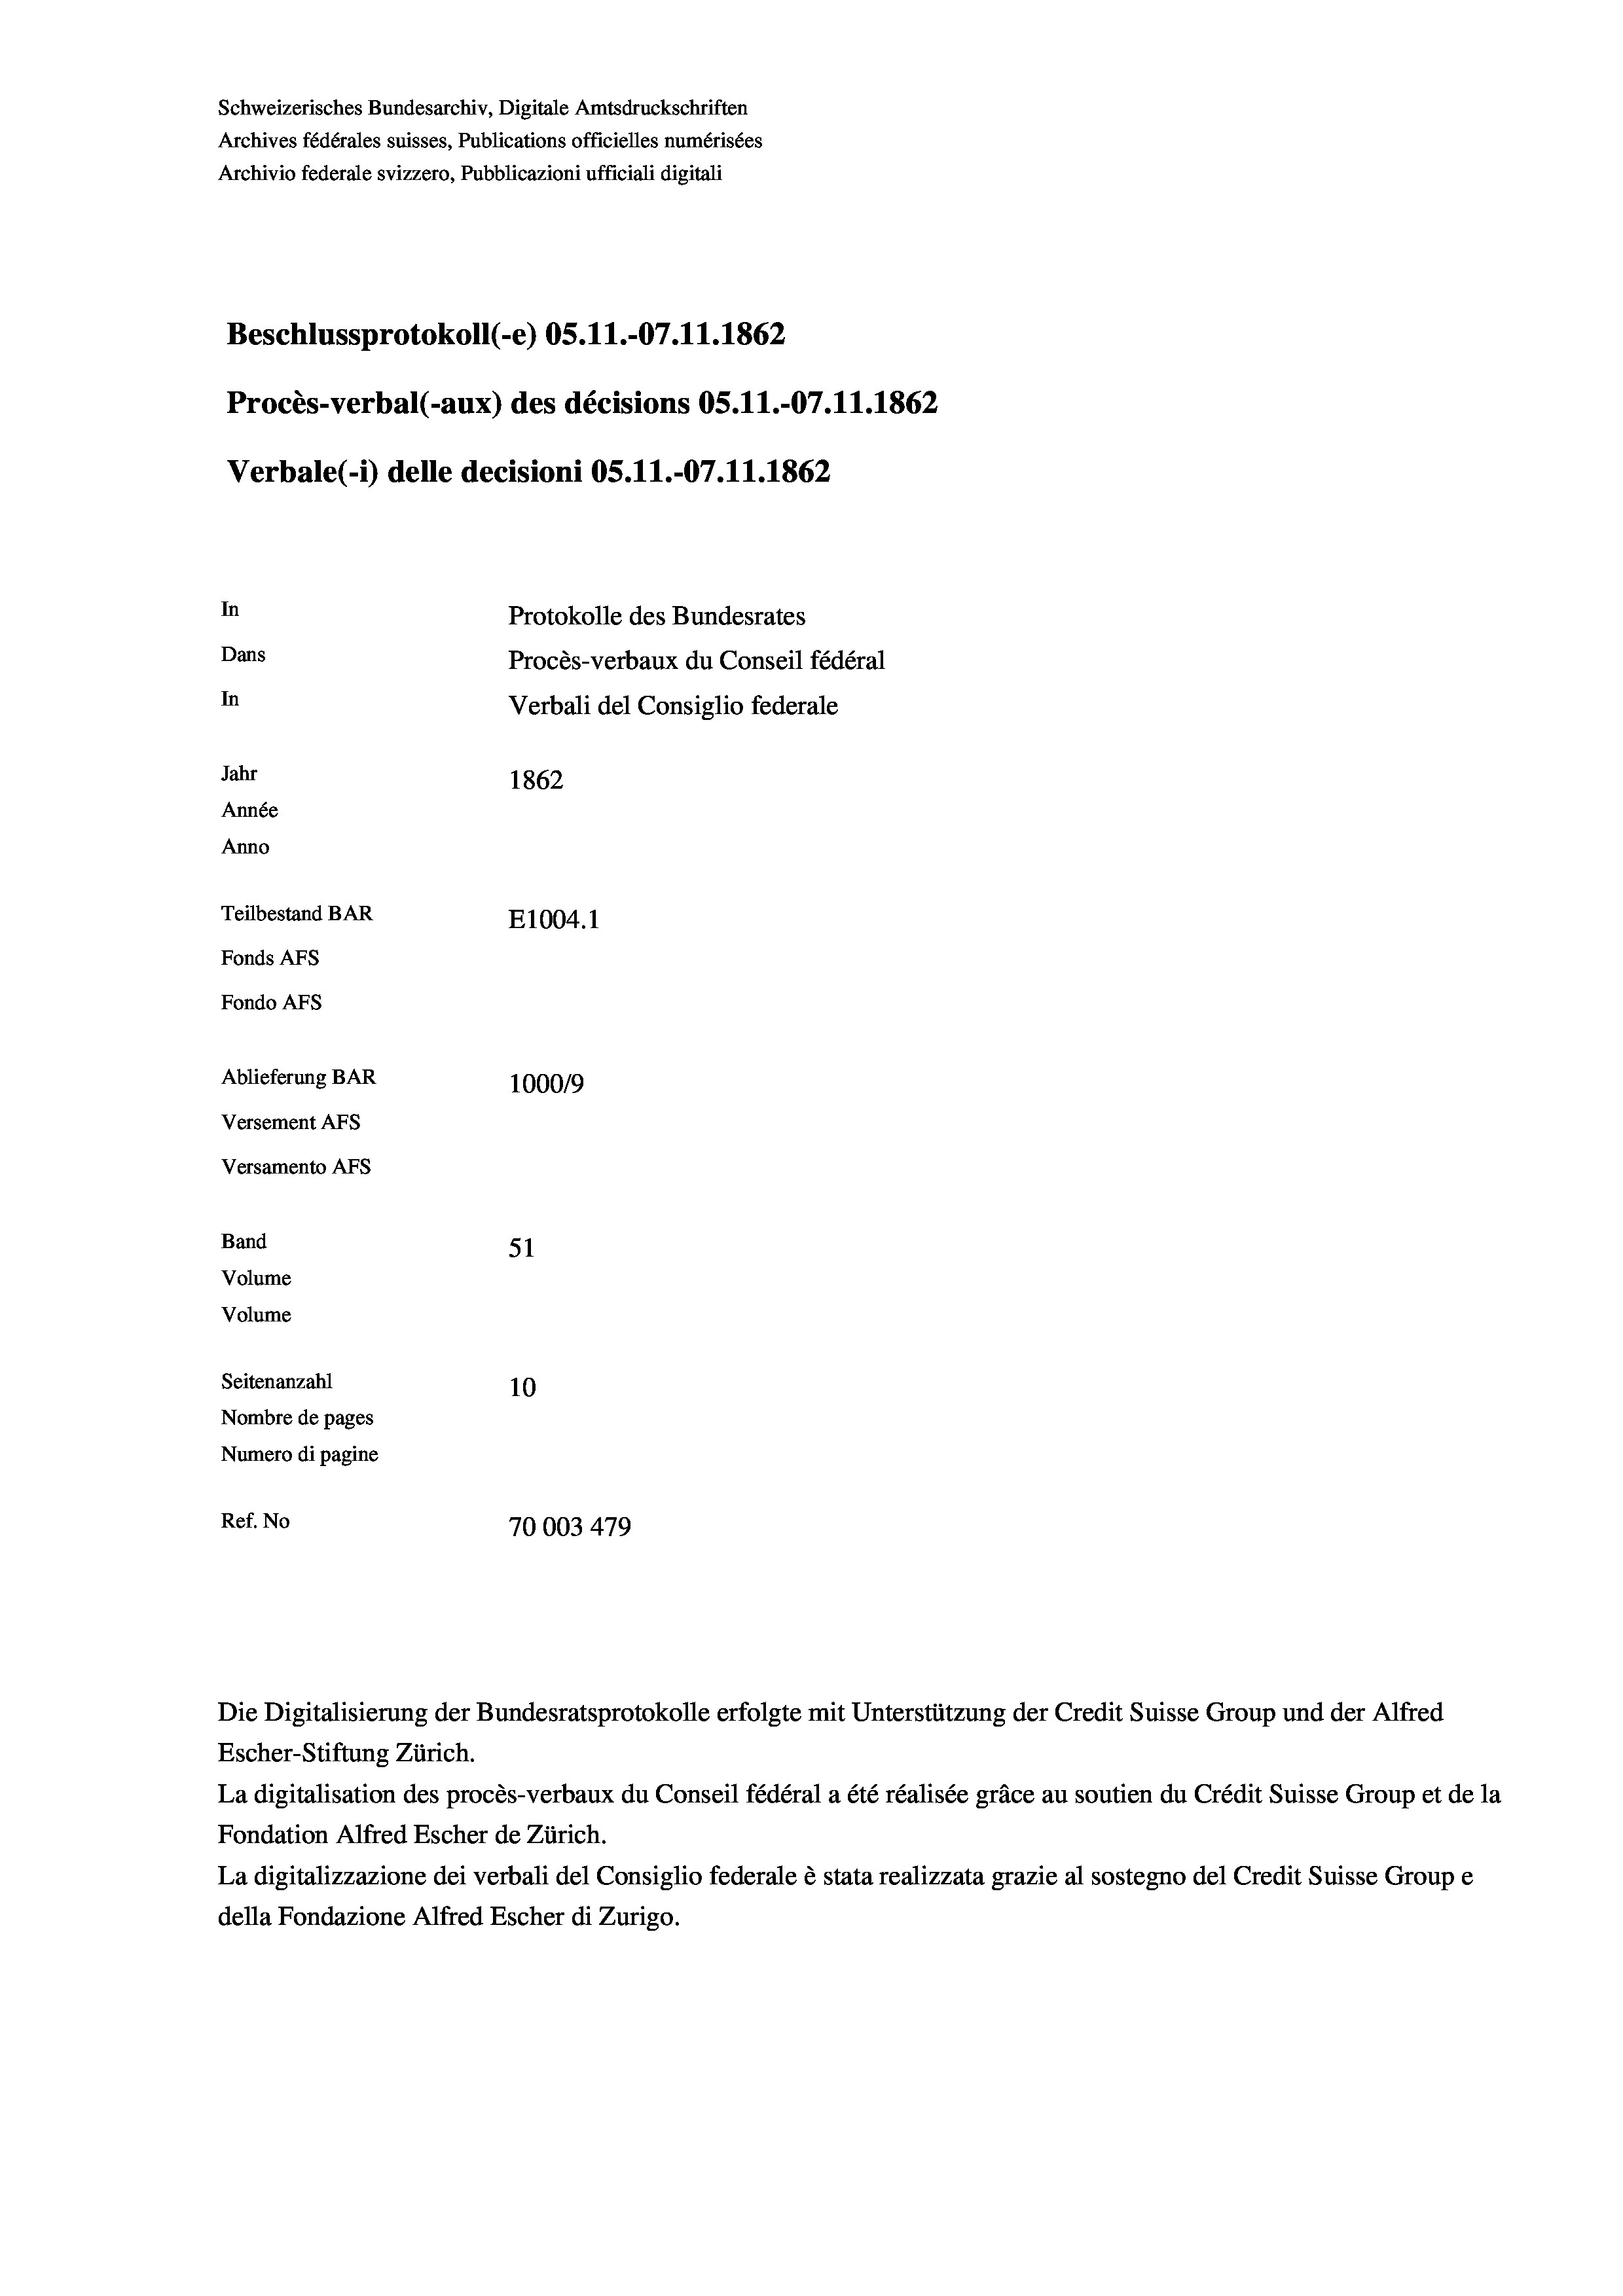
Beschlussprotokoll (-e) OS.11.-07.11.1862
Procès-verbal (-aux) des décisions OS.11.-07.11.1862
In
Protokolle des Bundesrates
Dans
Procès-verbaux du Conseil fédéral
In
Verbali del Consiglio federale
Jahr
1862
Année
Anno
Teilbestand BAR
E1004. 1
Fonds AFs
Fondo Afs

Ablieferung BAR
Versement AFs
Versamento Afs
Band
Volume
Volume
Seitenanzahl

Schweizerisches Bundesarchiv, Digitale Amtsdruckschriften
Archives fédérales suisses, Publications officielles numérisées
Archivio federale svizzero, Pubblicazioni ufficiali digitali

Verbale(*) delle decisioni OS.11.-07.11.1862

51
10
Nombre de pages
Numero di pagine
Ref. No
70003 479

1000/9

Escher-Stiftung Zürich.
La digitalisation des procès-verbaux du Conseil fédéral a été réalisée gräce au soutien du Crédit Suisse Group et de la
Fondation Alfred Escher de Zürich.
La digitalizzazione dei verbali del Consiglio federale è stata realizzata grazie al sostegno del Credit Suisse Groupe
della Fondazione Alfred Escher di Zurigo.

Die Digitalisierung der Bundesratsprotokolle erfolgte mit Unterstützung der Credit Suisse Group und der Alfred